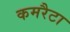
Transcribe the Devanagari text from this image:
कमरैटा